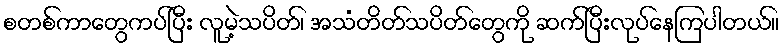
စတစ်ကာတွေကပ်ပြီး လူမဲ့သပိတ်၊ အသံတိတ်သပိတ်တွေကို ဆက်ပြီးလုပ်နေကြပါတယ်။